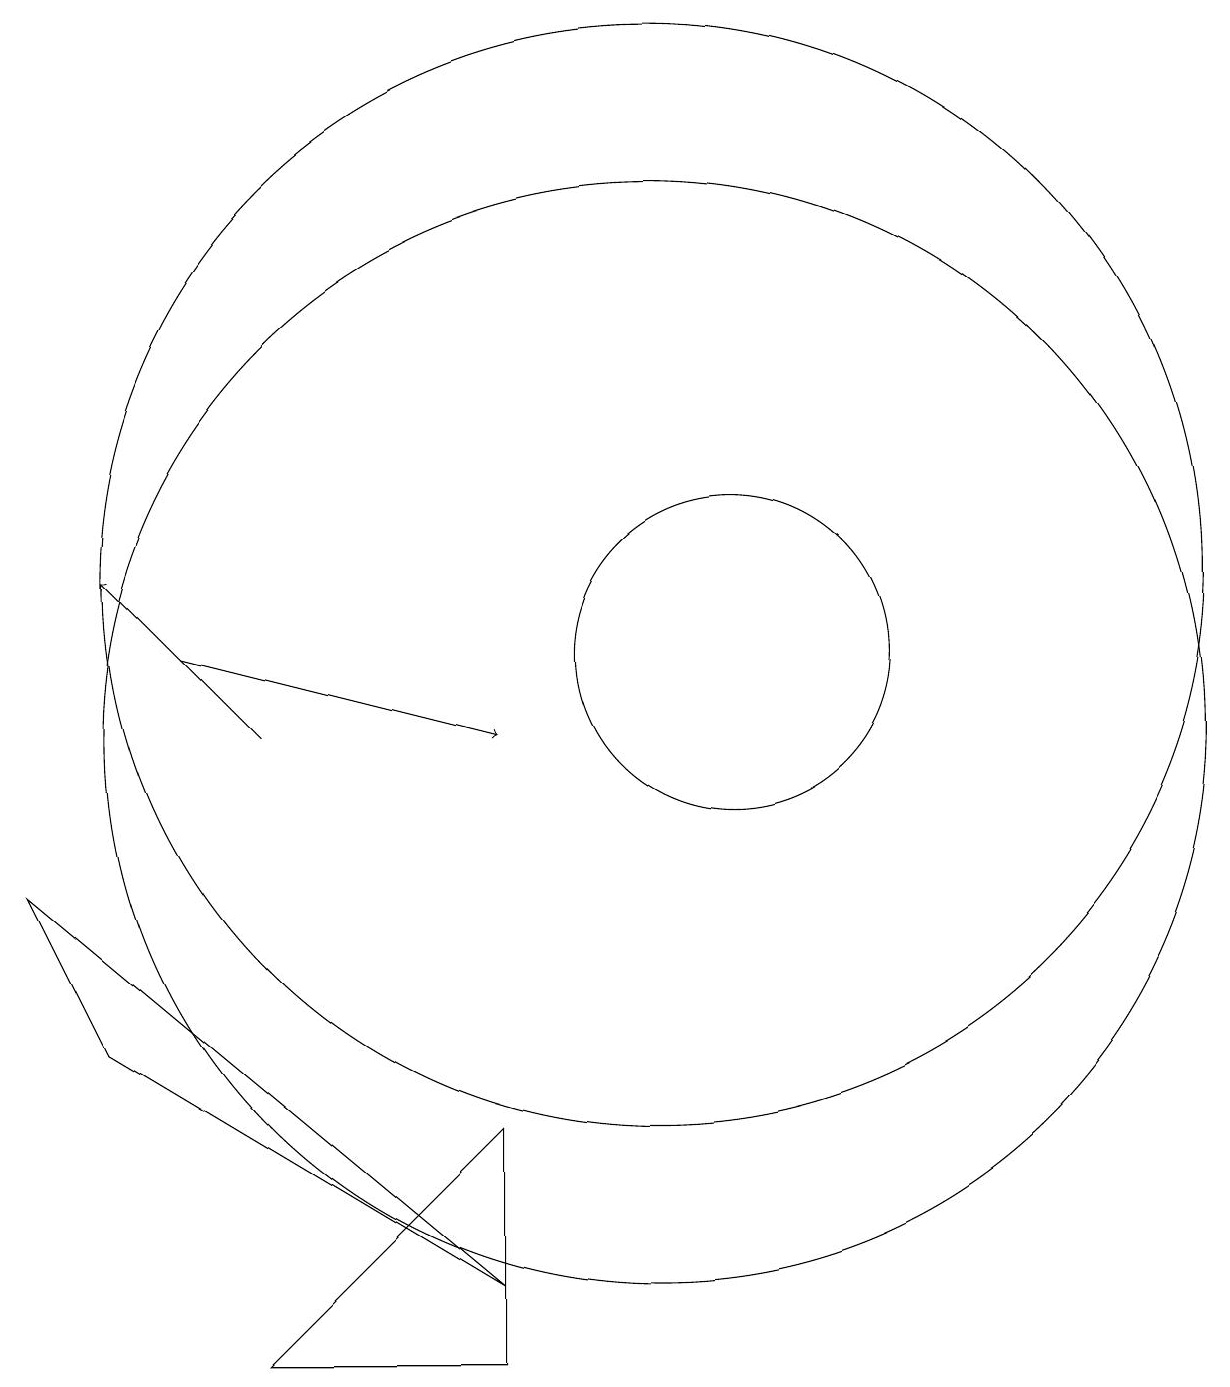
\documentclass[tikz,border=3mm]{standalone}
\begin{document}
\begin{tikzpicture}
\draw[->] (4,11) -- (8,10);
\draw (2,8) -- (3,6) -- (8,3) -- cycle;
\draw[->] (5,10) -- (3,12);
\draw (5,2) -- (8,2) -- (8,5) -- cycle;
\draw (11,11) circle (2);
\draw (10,12) circle (7);
\draw (10,10) circle (7);
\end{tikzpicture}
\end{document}